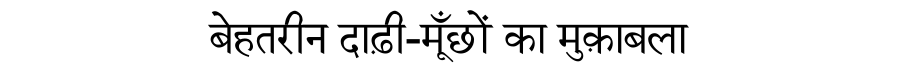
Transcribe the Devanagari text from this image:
बेहतरीन दाढ़ी-मूँछों का मुक़ाबला